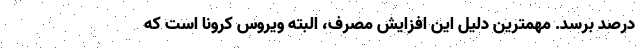
درصد برسد. مهمترین دلیل این افزایش مصرف، البته ویروس کرونا است که